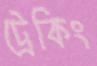
ট্রেকিং